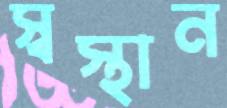
স্বস্থান